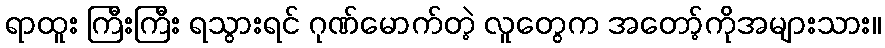
ရာထူး ကြီးကြီး ရသွားရင် ဂုဏ်မောက်တဲ့ လူတွေက အတော့်ကိုအများသား။